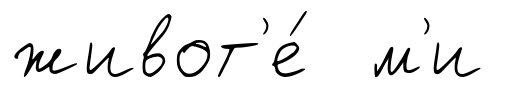
живот'е́ ́м'и